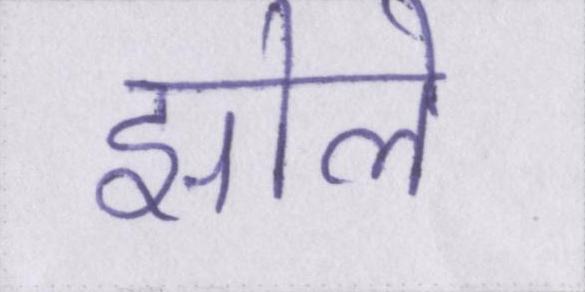
झोले